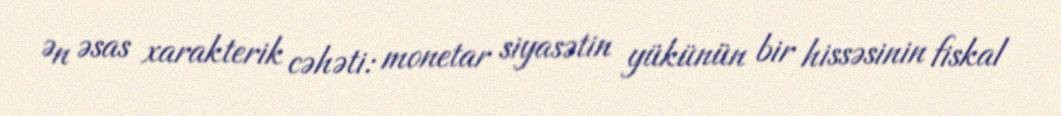
Ən əsas xarakterik cəhəti: monetar siyasətin yükünün bir hissəsinin fiskal